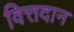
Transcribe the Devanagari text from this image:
वित्तदान